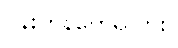
ပန်းကန်တွေရှိလား။